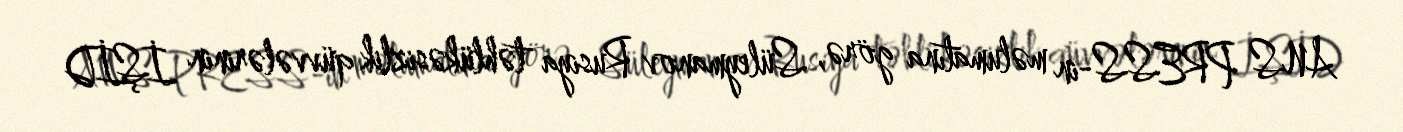
ANS PRESS-in məlumatına görə, Süleymanov Rusiya təhlükəsizlik qüvvələrinin İŞİD